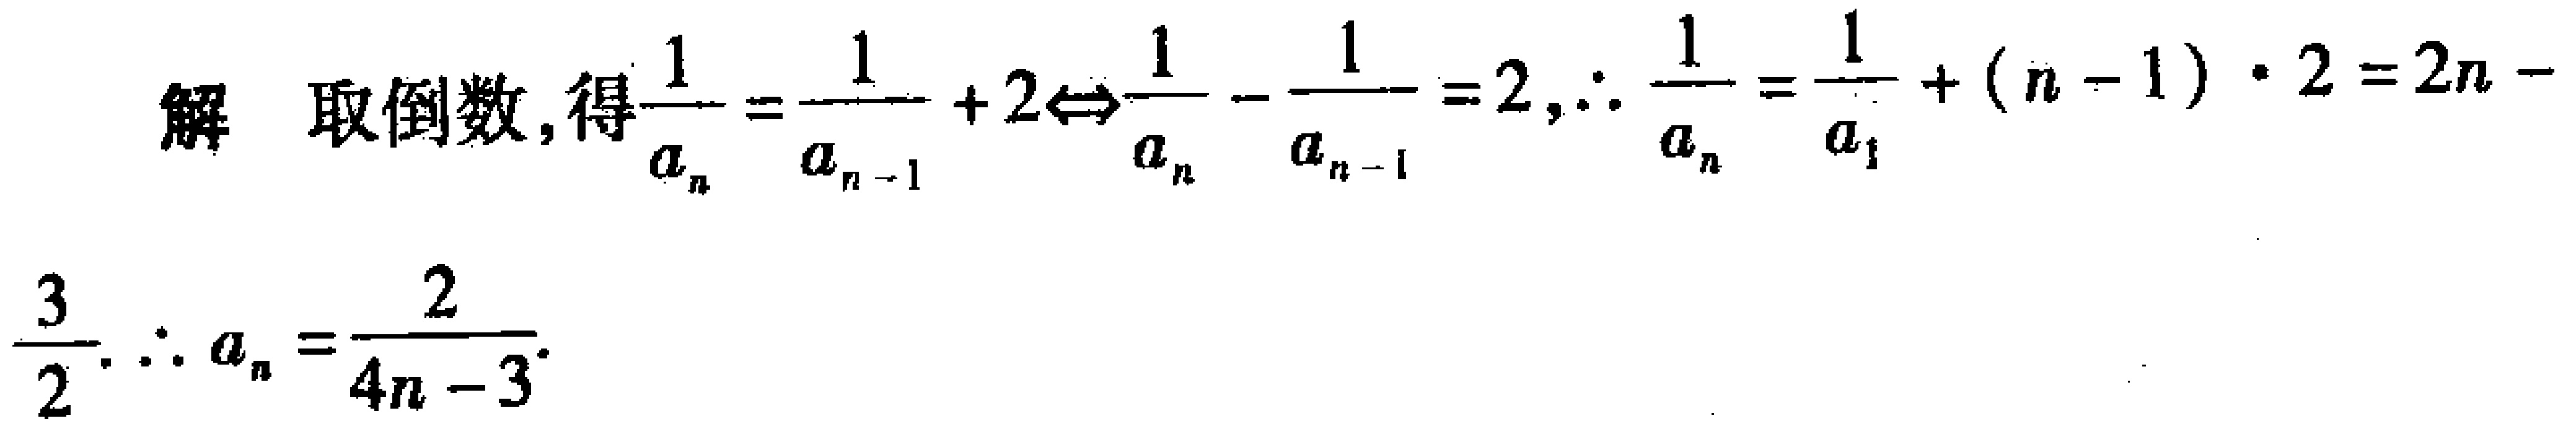
解 取倒数, 得$\frac{1}{a_{n}}=\frac{1}{a_{n - 1}}+2\Leftrightarrow\frac{1}{a_{n}}-\frac{1}{a_{n - 1}}=2$, $\therefore\frac{1}{a_{n}}=\frac{1}{a_{1}}+(n - 1)\cdot2=2n-\frac{3}{2}$. $\therefore a_{n}=\frac{2}{4n - 3}$.